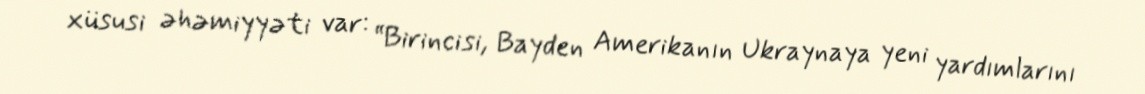
xüsusi əhəmiyyəti var: “Birincisi, Bayden Amerikanın Ukraynaya yeni yardımlarını